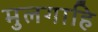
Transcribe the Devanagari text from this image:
मुलगाहि